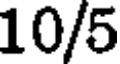
10/5